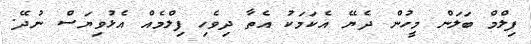
ފިލްމް ބަލަން މީހުން ދެޔޭ އެކަމަކު އެތާ ދިވެހި ފިލްމެއް އެޅުވިޔަސް ނުދޭ.